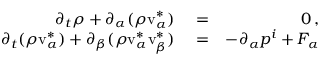
\begin{array} { r l r } { \partial _ { t } \rho + \partial _ { \alpha } ( \rho \mathrm { v } _ { \alpha } ^ { * } ) } & { { } = } & { 0 \, , } \\ { \partial _ { t } ( \rho \mathrm { v } _ { \alpha } ^ { * } ) + \partial _ { \beta } ( \rho \mathrm { v } _ { \alpha } ^ { * } \mathrm { v } _ { \beta } ^ { * } ) } & { { } = } & { - \partial _ { \alpha } p ^ { i } + F _ { \alpha } } \end{array}